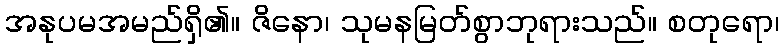
အနုပမအမည်ရှိ၏။ ဇိနော၊ သုမနမြတ်စွာဘုရားသည်။ စတုရော၊